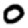
Digit: 0